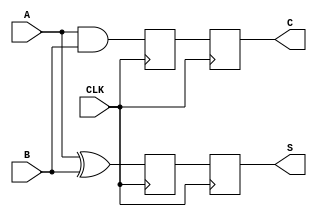
module Sequential_Half_Adder (
    input wire A,        // First input bit
    input wire B,        // Second input bit
    input wire CLK,      // Clock signal
    output reg S,        // Sum output
    output reg C         // Carry output
);

// Internal flip-flops to store the current state
reg sum_reg;           // Register to store the current sum
reg carry_reg;         // Register to store the current carry

// Synchronous process triggered on clock edge
always @(posedge CLK) begin
    // Compute new sum and carry
    sum_reg <= A ^ B;   // S_new = A XOR B
    carry_reg <= A & B; // C_new = A AND B
    
    // Update outputs
    S <= sum_reg;       // Update sum output
    C <= carry_reg;     // Update carry output
end

// Initialization (initial block) for simulation
initial begin
    S = 0;              // Initialize sum to 0
    C = 0;              // Initialize carry to 0
end

endmodule